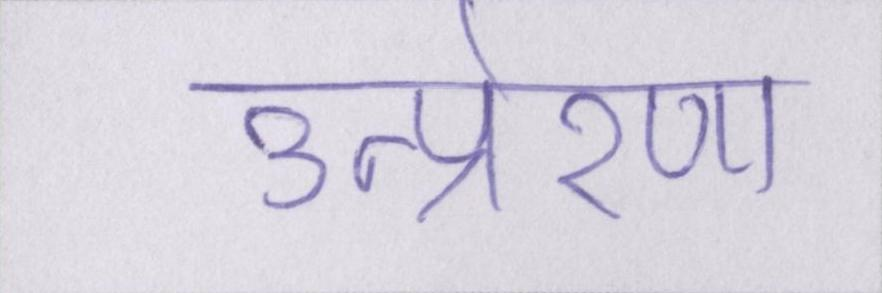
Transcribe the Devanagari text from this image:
उत्प्रेरणा